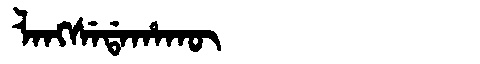
Manchu: ᠯᠠᠩᠰᡝᡩᠠᡥᠠᡴᡡ
Romanization: LANGSEDAHAKŪ